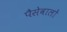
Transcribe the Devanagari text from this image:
पैसेवालों